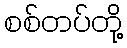
စစ်တပ်တို့